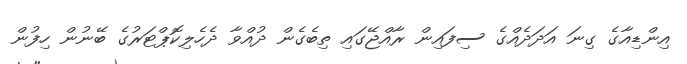
އިންޑިއާގެ ގިނަ އަދަދެއްގެ ސިފައިން ރާއްޖޭގައި ތިބެގެން ދުއްވާ ދެހެލިކޮޕްޓަރުގެ ބޭނުން ހިފުން